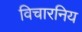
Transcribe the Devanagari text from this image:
विचारनिय